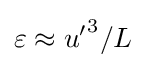
\varepsilon \approx {u'}^{3}/L